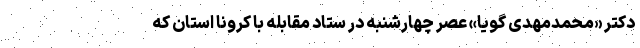
دکتر «محمدمهدی گویا» عصر چهارشنبه در ستاد مقابله با کرونا استان که